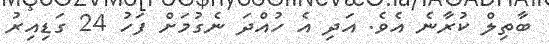
ބާތިލް ކުރާނެ އެވެ. އަދި އެ ހުއްދަ ނެގުމަށް ފަހު 24 ގަޑިއިރު